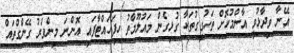
އޭނާ ވިދާޅުވީ އާންމުކޮށް ތަހުގީގުތަކާ ގުޅިގެން މައުލޫމާތު ހިފަހައްޓާފައި އޮންނަ މިންވަރު ގޭންގްތައް